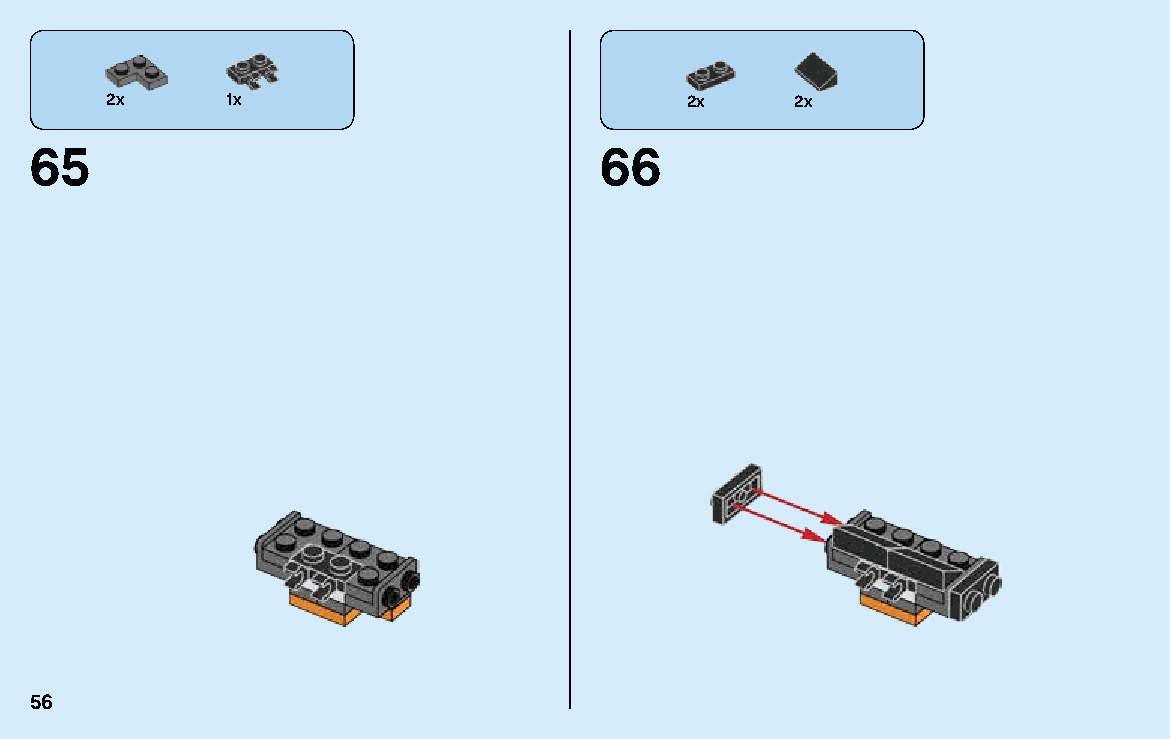
2x      1x                            2x      2x
 65                                    66
 56